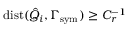
\mathrm { d i s t } ( \hat { Q } _ { i } , \Gamma _ { \mathrm { { s y m } } } ) \geq C _ { r } ^ { - 1 }